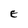
Character: E